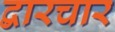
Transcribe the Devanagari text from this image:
द्वारचार